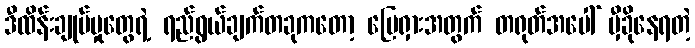
ဒီထိန်းချုပ်မှုတွေရဲ့ ရည်ရွယ်ချက်တခုကတော့ မြေရှားအတွက် တရုတ်အပေါ် မှီခိုနေရတဲ့